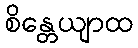
စိန္တေယျာထ